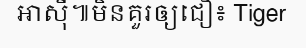
អាស៊ី៕មិនគួរឲ្យជឿ៖ Tiger